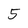
Character: 5